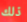
ذلك